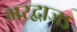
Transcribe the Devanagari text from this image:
भरद्वाजऽ